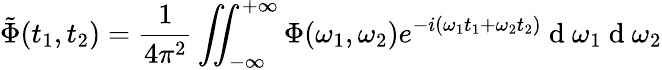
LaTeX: \tilde{\Phi}(t_{1},t_{2})=\frac{1}{4\pi^{2}}\iint_{-\infty}^{+\infty}\Phi(\omega_{1},\omega_{2})e^{-i(\omega_{1}t_{1}+\omega_{2}t_{2})}\mathrm{~d~}\omega_{1}\mathrm{~d~}\omega_{2}